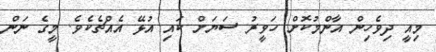
މިއީ ދިވެހިން އާންމުކޮށް ހަވީރު ސަޔަށް ކައި އުޅޭ އެއްޗެކެވެ. މީގެ ނަން